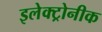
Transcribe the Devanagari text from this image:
इलेक्ट्रोनीक